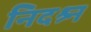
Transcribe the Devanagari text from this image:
निदश्र्न